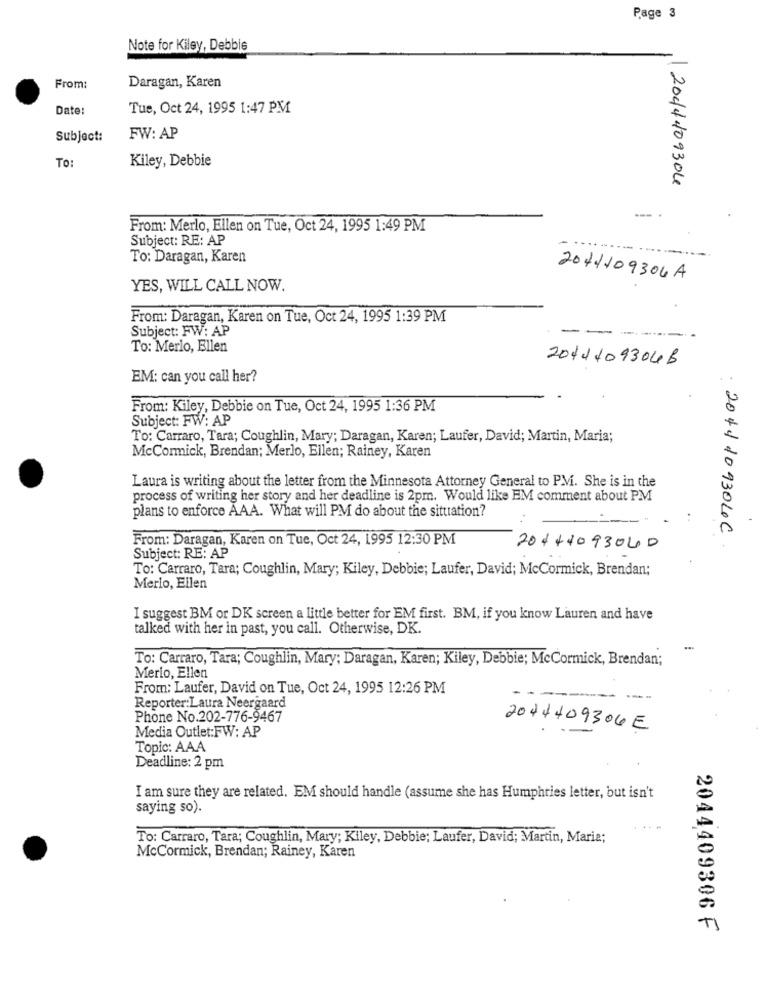
Page 3
Note for Kiley, Debbie
From:
Daragan, Karen
Date:
Tue, Oct 24, 1995 1:47 PM
Subject:
FW: AP
Kiley, Debbie
To:
204/4409304
--- .
From: Merlo, Ellen on Tue, Oct 24, 1995 1:49 PM
Subject: RE: AP
--- .
To: Daragan, Karen
2071109304 A
YES, WILL CALL NOW.
From: Daragan, Karen on Tue, Oct 24, 1995 1:39 PM
Subject: FW: AP
--
To: Merlo, Ellen
2011409304B
EM: can you call her?
From: Kiley, Debbie on Tue, Oct 24, 1995 1:36 PM
Subject: FW: AP
To: Carraro, Tara; Coughlin, Mary; Daragan, Karen; Laufer, David; Martin, Maria;
McCormick, Brendan; Merlo, Ellen; Rainey, Karen
Laura is writing about the letter from the Minnesota Attorney General to PVi. She is in the
process of writing her story and her deadline is 2pm. Would like EM comment about PM
plans to enforce AAA. What will PM do about the situation?
From: Daragan, Karen on Tue, Oct 24, 1995 12:30 PM
2041109304C.
204+4093040
Subject: RE: AP
To: Carraro, Tara; Coughlin, Mary; Kiley, Debbie; Laufer, David; McCormick, Brendan;
Merio, Ellen
I suggest BM or DK screen a little better for EM first. BM, if you know Lauren and have
talked with her in past, you call. Otherwise, DK.
To: Carraro, Tara; Coughlin, Mary; Daragan, Karen; Kiley, Debbie; McCormick, Brendan;
Merio, Ellen
From: Laufer, David on Tue, Oct 24, 1995 12:26 PM
Reporter:Laura Neergaard
Phone No.202-776-9467
Media Outlet:FW: AP
2044409306E
Topic: AAA
Deadline: 2 pm
I am sure they are related. EM should handle (assume she has Humphries letter, but isn't
saying so).
To: Carraro, Tara; Coughlin, Mary; Kiley, Debbie; Laufer, David; Martin, Maria;
McCormick, Brendan; Rainey, Karen
2044409306 F